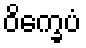
ဝိက္ခေပံ